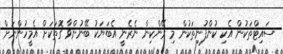
ސައިޓްތަކުން އެކި ކުންފުނިތަކުން މި ރޭންކިން ނެރެނީ އެބަޔަކު ބޭނުންވާ ގޮތަކަށް އެމީހުންނަށް